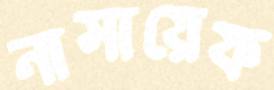
নাসায়েফ